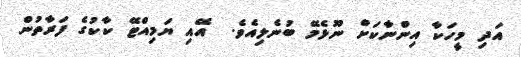
އަދި މީހަކާ އިންނާކަށް ނޫޅެމޭ ބުނެލިއެވެ.  އޭއި ޔަމިއްޓޭ ކާކުގެ ފަރާތުން